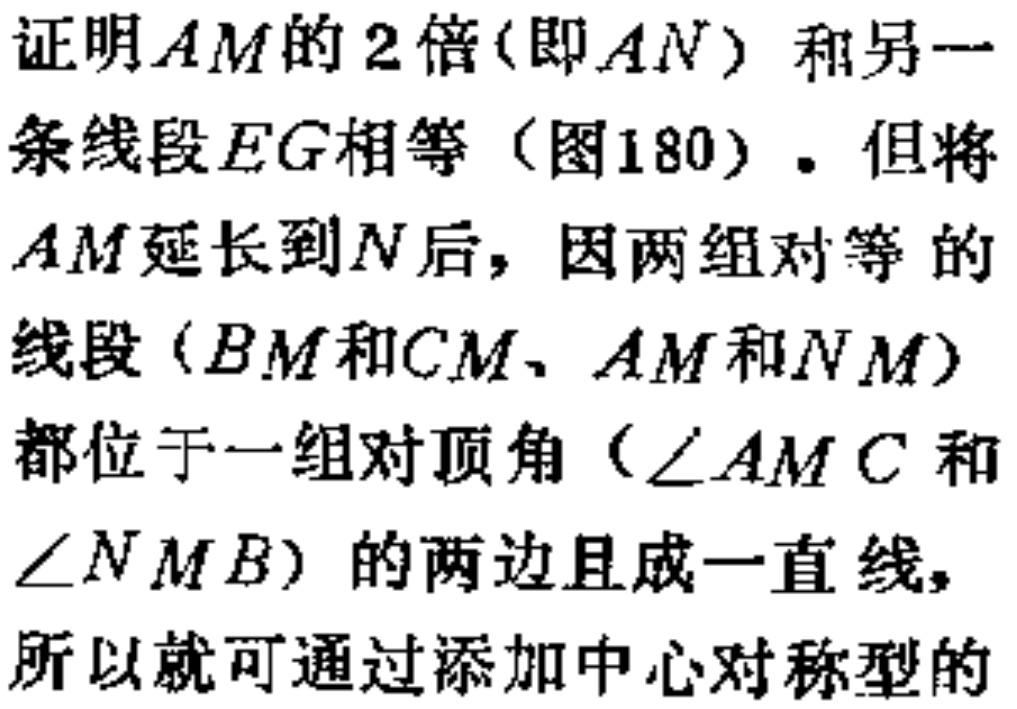
证明\(AM\)的\(2\)倍(即\(AN\)) 和另一条线段\(EG\)相等（图180）。但将\(AM\)延长到\(N\)后，因两组对等 的线段（\(BM\)和\(CM\)、\(AM\)和\(NM\)）都位于一组对顶角（\(\angle AMC\)和\(\angle NMB\)）的两边且成一直线，所以就可通过添加中心对称型的